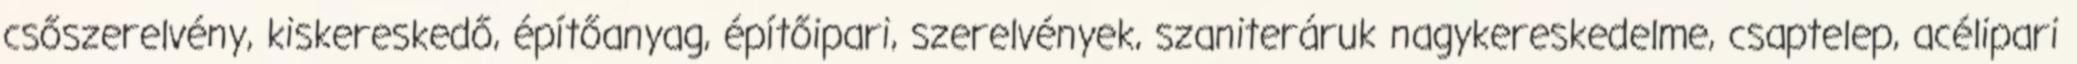
csőszerelvény, kiskereskedő, építőanyag, építőipari, szerelvények, szaniteráruk nagykereskedelme, csaptelep, acélipari